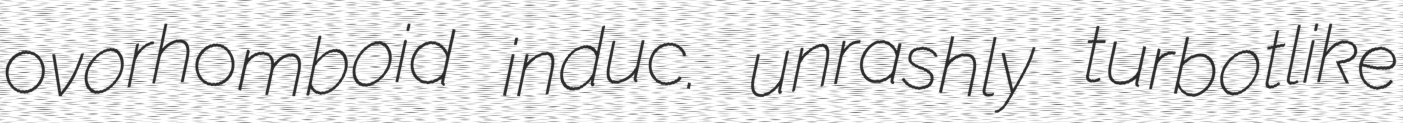
ovorhomboid induc. unrashly turbotlike